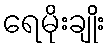
ရေမိုးချိုး